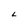
Character: L